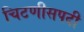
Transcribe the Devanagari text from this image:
चिटणीसपदी